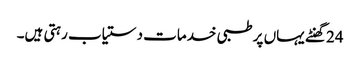
24 گھنٹے یہاں پر طبی خدمات دستیاب رہتی ہیں۔